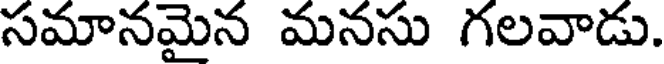
సమానమైన మనసు గలవాడు.